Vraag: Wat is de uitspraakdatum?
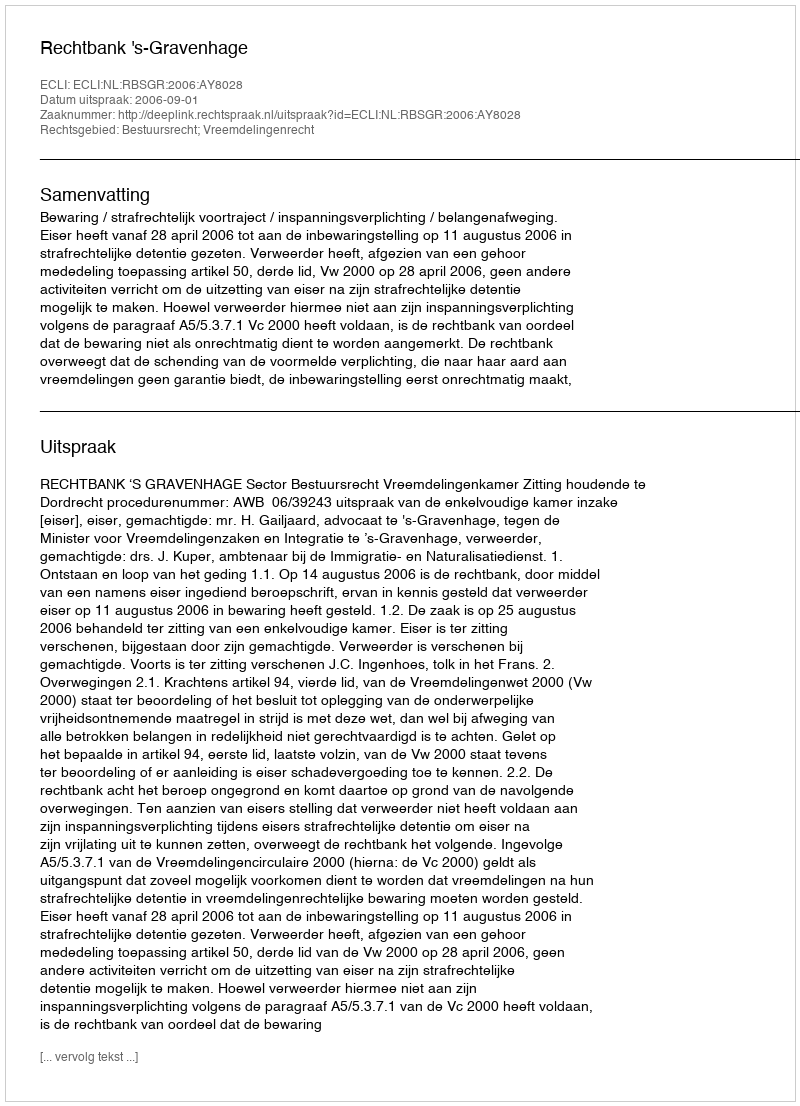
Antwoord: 2006-09-01